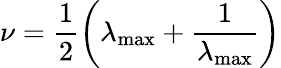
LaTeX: \nu=\frac{1}{2}\left(\lambda_{\operatorname*{max}}+\frac{1}{\lambda_{\operatorname*{max}}}\right)